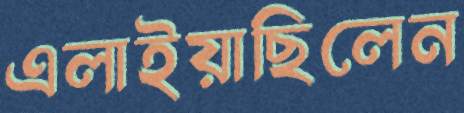
এলাইয়াছিলেন